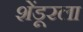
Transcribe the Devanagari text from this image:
शेंडूरला